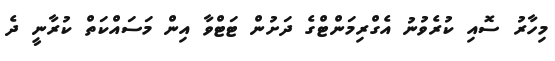
މިހާރު ސޮއި ކުރެވުނު އެގްރިމަންޓްގެ ދަށުން ޓަޓްވާ އިން މަސައްކަތް ކުރާނީ ދެ